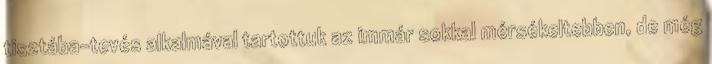
tisztába-tevés alkalmával tartottuk az immár sokkal mérsékeltebben, de még